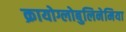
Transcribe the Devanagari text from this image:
क्रायोग्लोबुलिनेमिया